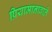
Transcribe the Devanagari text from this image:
प्रियामानावाले